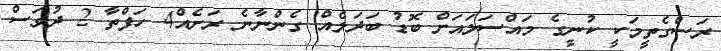
ރަސްގެތީމަކީ ކުނީގެ މައްސަލައަށް ބޮޑު ބަދަލެއް ގެންނާނެ ރަށެއް4 ހަފްތާ 2 ދުވަސް